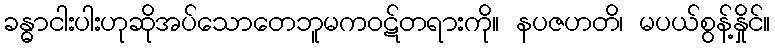
ခန္ဓာငါးပါးဟုဆိုအပ်သောတေဘူမကဝဋ်တရားကို။ နပဇဟတိ၊ မပယ်စွန့်နှိုင်။